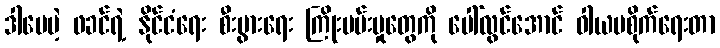
ဒါပေမဲ့ ဖခင်ရဲ့ နိုင်ငံရေး စီးပွားရေး ကြိုးပမ်းမှုတွေကို ပေါ်လွင်အောင် ဝါယမစိုက်ရေးတာ